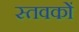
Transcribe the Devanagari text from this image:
स्तवकों